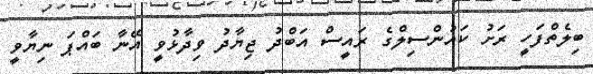
ބިލެތްފަހީ ރަށު ކައުންސިލްގެ ރައީސް އަބްދު ޖިޔާދު ވިދާޅުވީ އޭނާ ބައްޕަ ނިޔާވީ